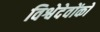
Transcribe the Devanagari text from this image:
विश्वेदेवोंको